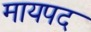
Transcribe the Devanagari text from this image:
मायपद